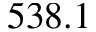
5 3 8 . 1